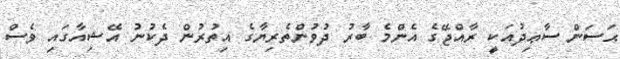
ޙަސަން ސާޢިދުއަކީ ރާއްޖޭގެ އެންމެ ބާރު ދުވުންތެރިޔާގެ އިތުރުން ދެކުނު އޭޝިއާގައި ވެސް